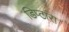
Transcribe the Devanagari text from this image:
डिप्टारा